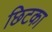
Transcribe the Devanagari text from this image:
छिटका